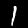
Label: 1